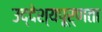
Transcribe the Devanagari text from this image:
उद्देश्यपूर्णता